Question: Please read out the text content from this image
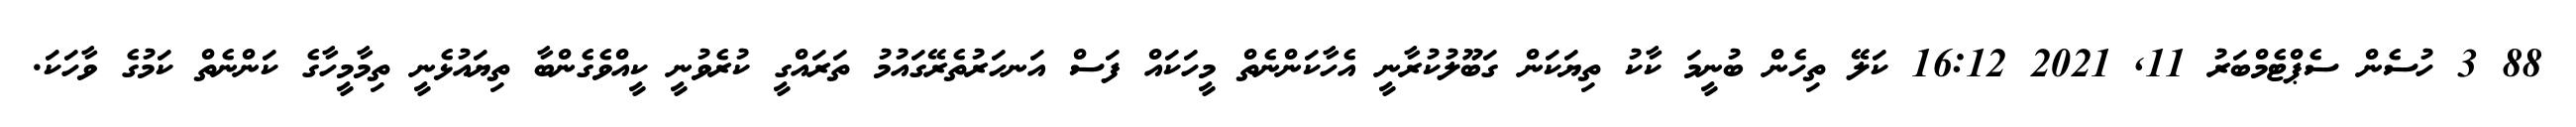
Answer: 88 3 ހުސެން ސެޕްޓެމްބަރު 11, 2021 16:12 ކަލޭ ތިހެން ބުނީމަ ކާކު ތިޔަކަން ގަބޫލުކުރާނީ އެހާކަންނެތް މީހަކައް ފަސް އަނހަރުތެރޭގައުމު ތަރައްގީ ކުރެވުނީ ކީއްވެގެންބާ ތިޔައުޅެނީ ތިމާމީހާގެ ކަންނެތް ކަމުގެ ވާހަކަ.